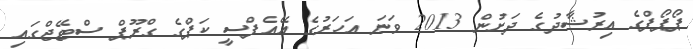
ޕޯޕޯފްގެ އިރުޝާދުގެ ދަށުން 2013 ވަނަ އަހަރުގެ އޭއެފްސީ ކަޕްގެ ގްރޫޕް ސްޓޭޖްގައި